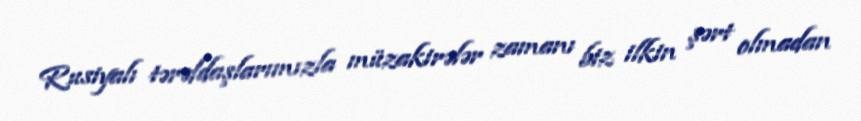
Rusiyalı tərəfdaşlarımızla müzakirələr zamanı biz ilkin şərt olmadan